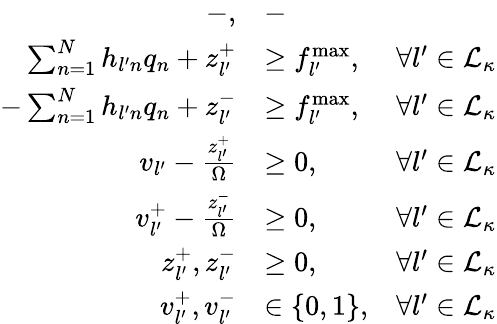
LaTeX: \begin{array}{rlr}{-,}&{-}\\ {\sum_{n=1}^{N}h_{l^{\prime}n}q_{n}+z_{l^{\prime}}^{+}}&{\geq f_{l^{\prime}}^{\operatorname*{max}},}&{\forall l^{\prime}\in\mathcal{L_{\kappa}}}\\ {-\sum_{n=1}^{N}h_{l^{\prime}n}q_{n}+z_{l^{\prime}}^{-}}&{\geq f_{l^{\prime}}^{\operatorname*{max}},}&{\forall l^{\prime}\in\mathcal{L_{\kappa}}}\\ {v_{l^{\prime}}-\frac{z_{l^{\prime}}^{+}}{\Omega}}&{\geq 0,}&{\forall l^{\prime}\in\mathcal{L_{\kappa}}}\\ {v_{l^{\prime}}^{+}-\frac{z_{l^{\prime}}^{-}}{\Omega}}&{\geq 0,}&{\forall l^{\prime}\in\mathcal{L_{\kappa}}}\\ {z_{l^{\prime}}^{+},z_{l^{\prime}}^{-}}&{\geq 0,}&{\forall l^{\prime}\in\mathcal{L_{\kappa}}}\\ {v_{l^{\prime}}^{+},v_{l^{\prime}}^{-}}&{\in\{ 0,1\} ,}&{\forall l^{\prime}\in\mathcal{L_{\kappa}}}\end{array}